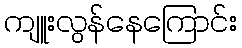
ကျူးလွန်နေကြောင်း